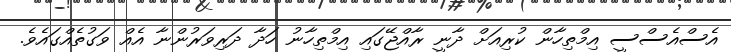
އެސްއެސްސީ އިމްތިހާން ކުރިއަށް ދާނީ ރާއްޖޭގައި އިމްތިހާނު ހަދާ ދަރިވަރުންނާ އެއް ވަގުތެއްގައެވެ.